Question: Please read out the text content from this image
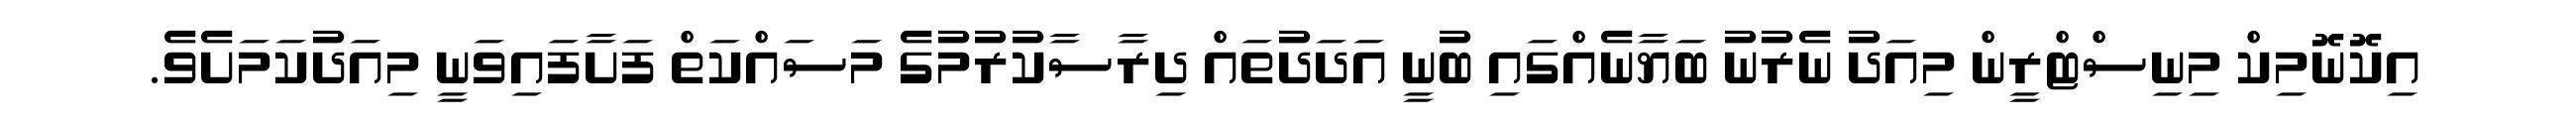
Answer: އިކޮނޮމިކް މިނިސްޓްރީން މިއަދު ނެރުނު ބަޔާނެއްގައި ބުނީ އަދަދުތައް ދިރާސާކުރުމުގެ މަސައްކަތް ފަށާފައިވަނީ މިއަދުކަމަށެވެ.